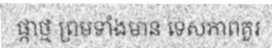
ផ្កាថ្ម ព្រមទាំងមាន ទេសភាពគួរ